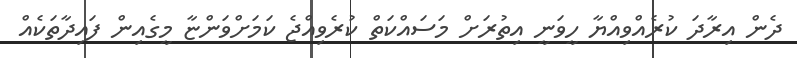
ދެން އިރާދަ ކުރެއްވިއްޔާ ހީވަނީ އިތުރަށް މަސައްކަތް ކުރެވިއްޖެ ކަމަށްވަންޏާ މީގެއިން ފައިދާތަކެއް